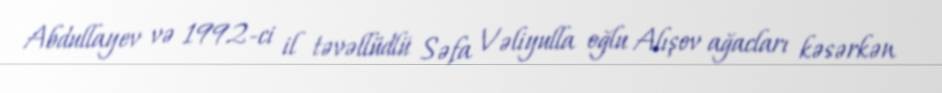
Abdullayev və 1992-ci il təvəllüdlü Səfa Vəliyulla oğlu Alışov ağacları kəsərkən